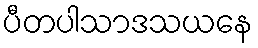
ပီတပါသာဒသယနေ